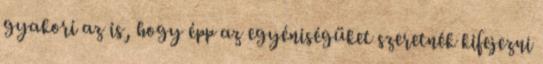
gyakori az is, hogy épp az egyéniségüket szeretnék kifejezni